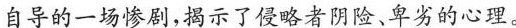
自导的一场惨剧,揭示了侵略者阴险、卑劣的心理。